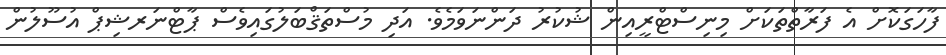
ފާހަގަކޮށް އެ ފަރާތްތަކަށް މިނިސްޓްރީއިން ޝުކުރު ދަންނަވަމެވެ. އަދި މުސްތަޤްބަލުގައިވެސް ޕާޓްނަރޝިޕް އުސޫލުން